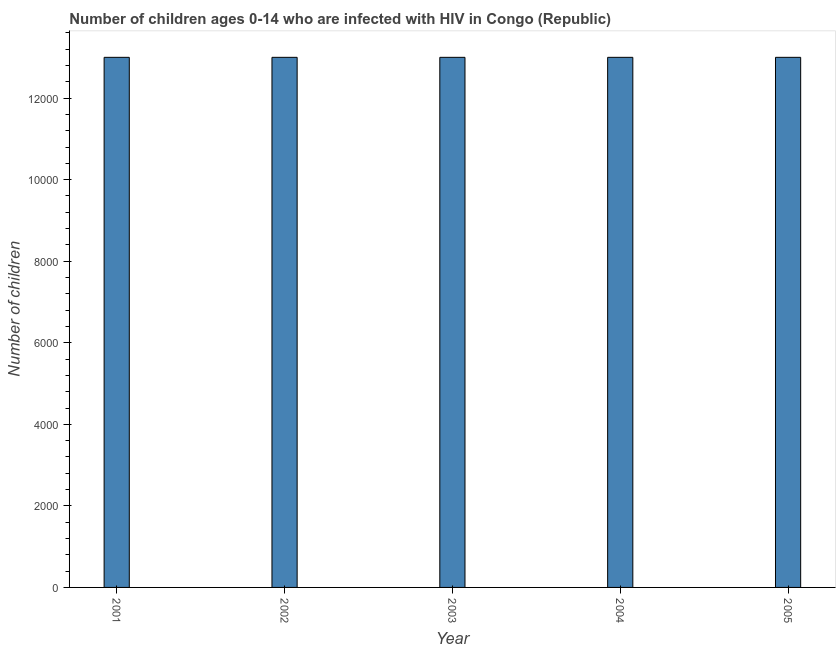
| Year | Children (0-14) living with HIV |
 | --- | --- |
 | 2001 | 1.3e+04 |
 | 2002 | 1.3e+04 |
 | 2003 | 1.3e+04 |
 | 2004 | 1.3e+04 |
 | 2005 | 1.3e+04 |